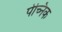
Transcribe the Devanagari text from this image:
पेच्निक